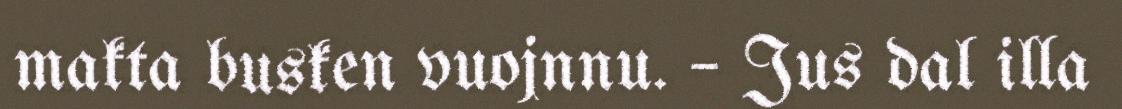
makta busken vuojnnu. – Jus dal illa